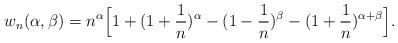
\begin{align*}w_{n}(\alpha,\beta)&=n^{\alpha}\Big[1+(1+\frac{1}{n})^{\alpha}-(1-\frac{1}{n})^{\beta}-(1+\frac{1}{n})^{\alpha+\beta}\Big].\end{align*}